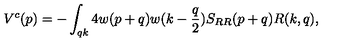
V ^ { c } ( p ) = - \int _ { q k } 4 w ( p + q ) w ( k - { \frac { q } { 2 } } ) S _ { R R } ( p + q ) R ( k , q ) ,